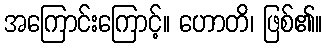
အကြောင်းကြောင့်။ ဟောတိ၊ ဖြစ်၏။